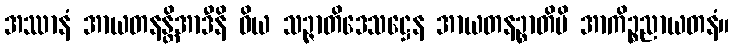
အဿာနံ အာယတနန္တိအာဒီနိ ဝိယ သဉ္ဇာတိဒေသဋ္ဌေန အာယတနဉ္စာတိပိ အာကိဉ္စညာယတနံ။